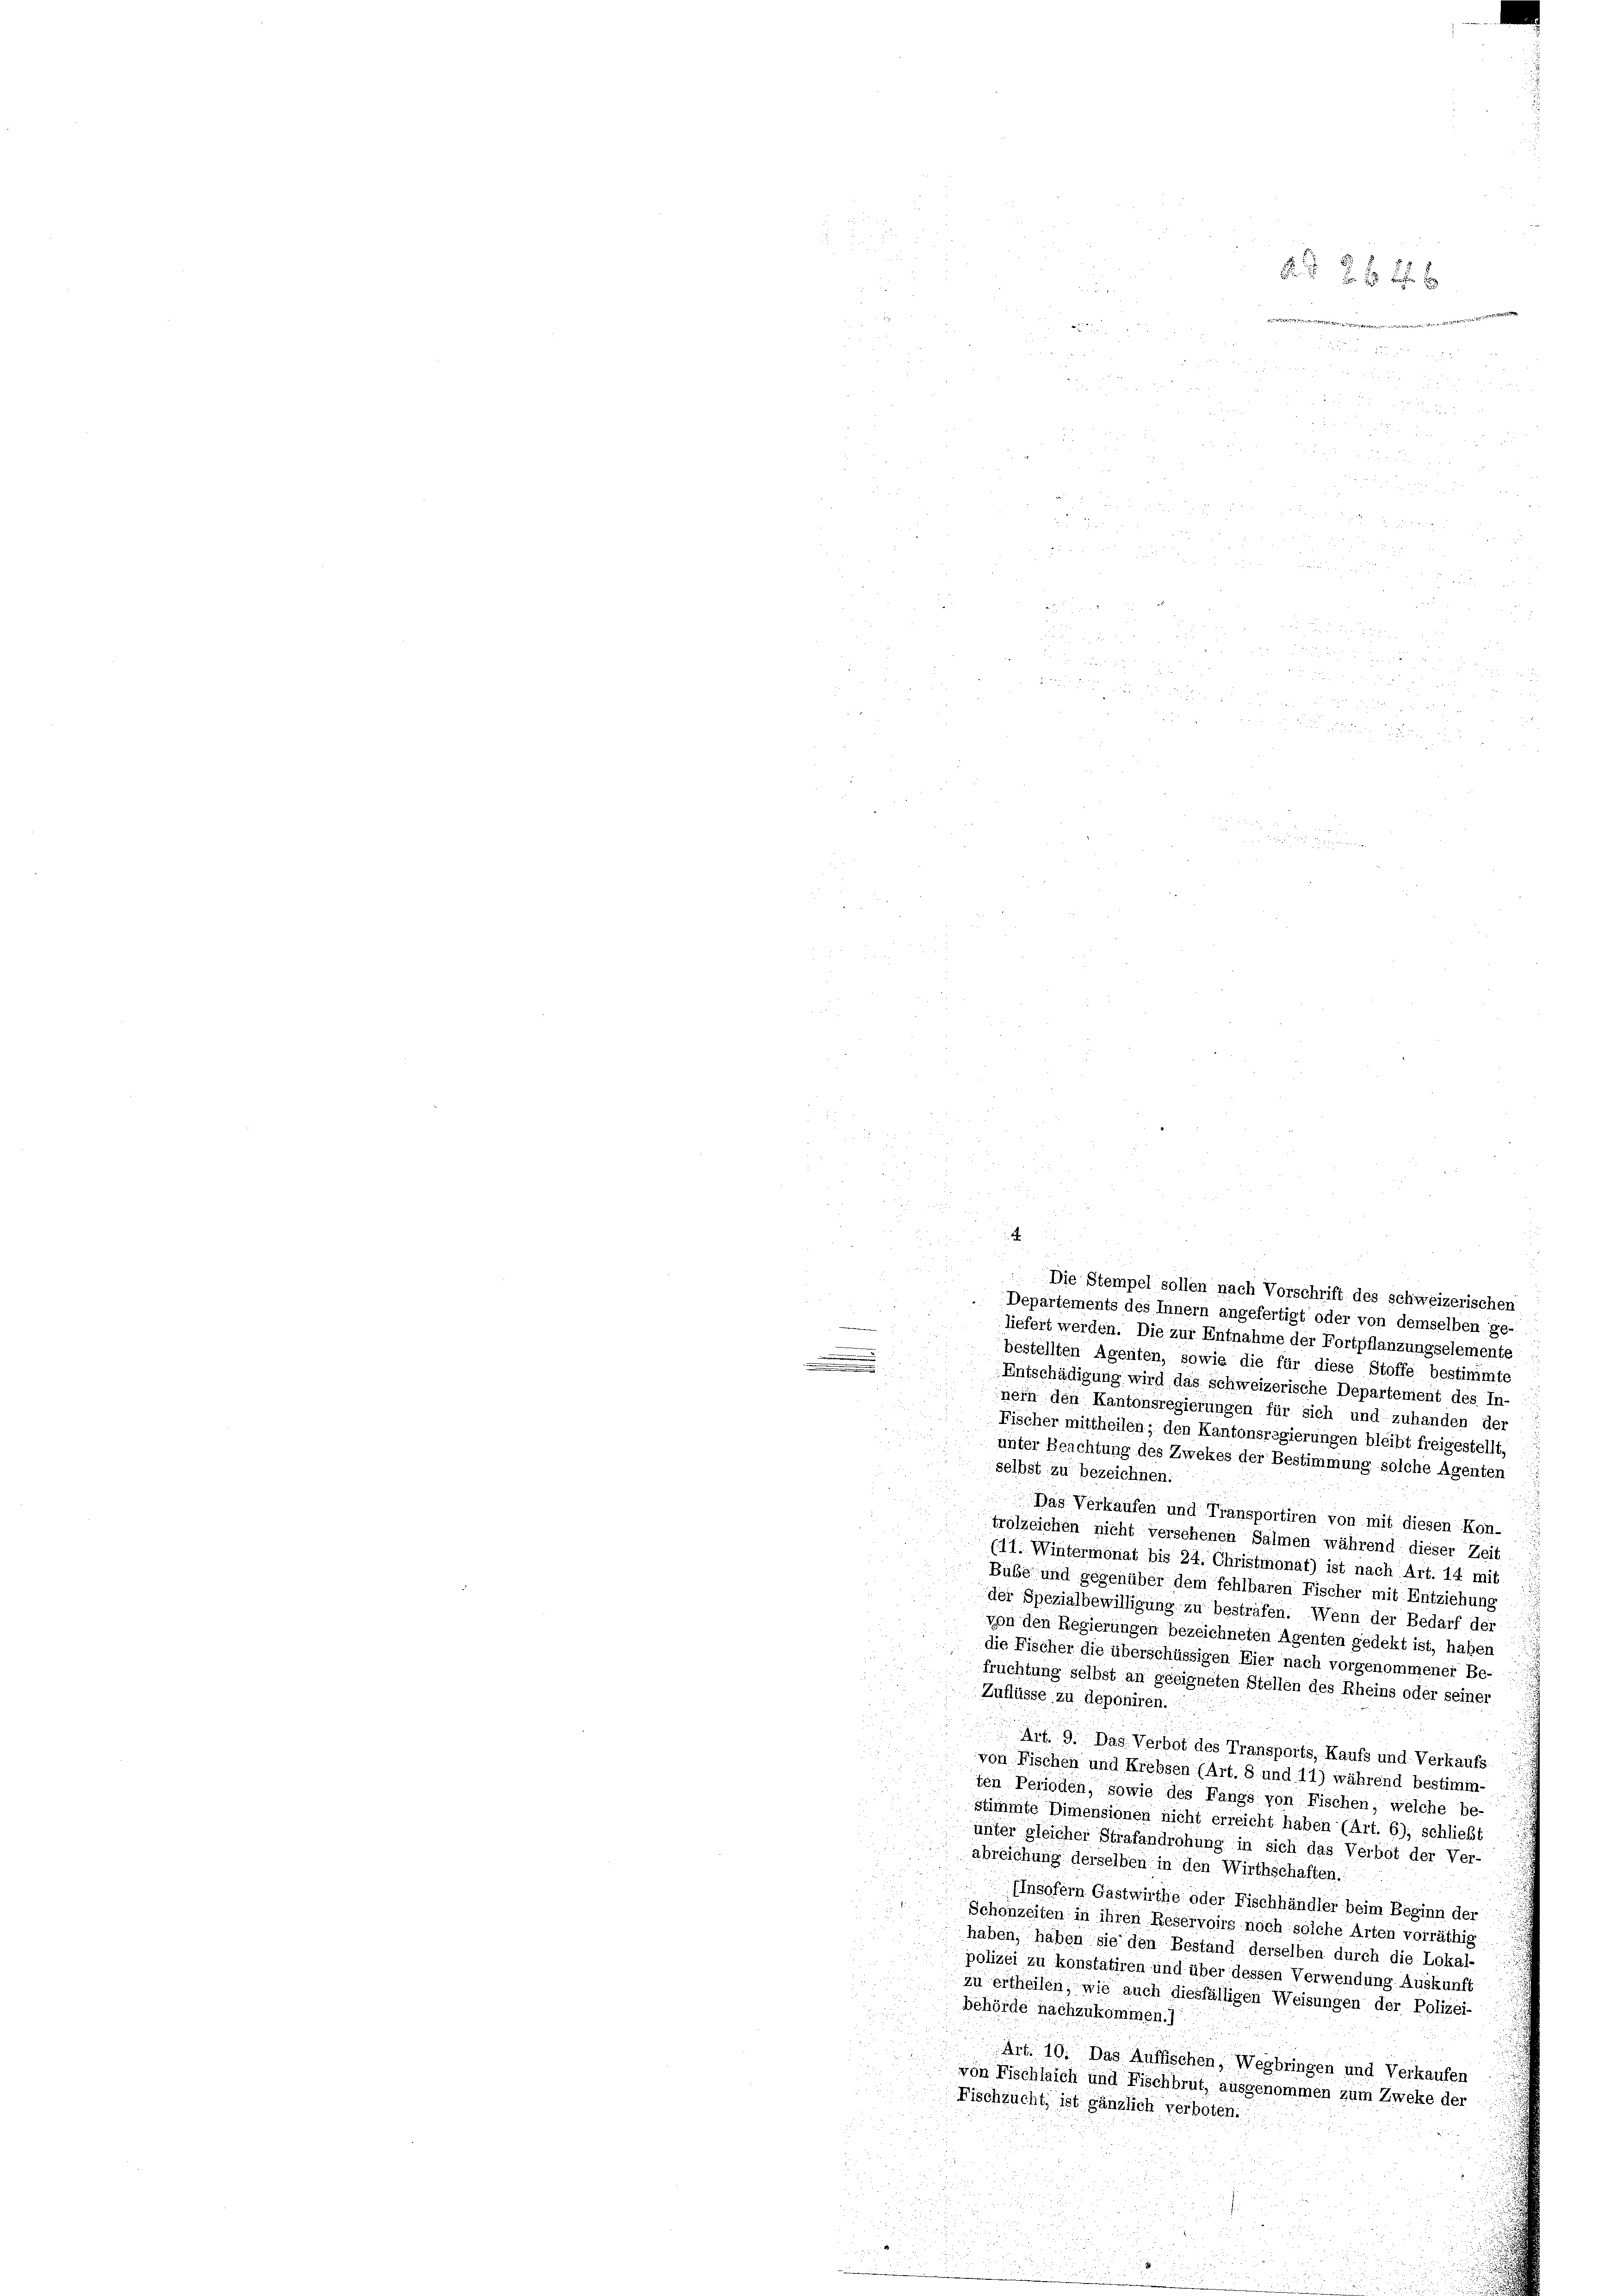
.
.

.

7 f 4 x
.........
82

 x 2 x
e
 0 f 8 x

a
Die Stempel sollen nach Vorschrift des schweizerischen
i
2
Departements des Innern angefertigt oder von demselben ge-
liefert werden. Die zur Entnahme der Fortpflanzungselemente
bestellten Agenten, sowie die für diese Stoffe bestimmte
Entschädigung wird das schweizerische Departement des In-
nern den Kantonsregierungen für sich und zuhanden der
Fischer mittheilen; den Kantonsregierungen bleibt freigestellt,
unter Beachtung des Zwekes der Bestimmung solche Agenten
selbst zu bezeichnen.
Das Verkaufen und Transportiren von mit diesen Kon-
trolzeichen nicht versehenen Salmen während dieser Zeit
(11. Wintermonat bis 24. Christmonat) ist nach Art. 14 mit
Bube und gegenüber dem fehlbaren Fischer mit Entziehung f
der Spezialbewilligung zu bestrafen. Wenn der Bedarf der
von den Regierungen bezeichneten Agenten gedekt ist, haben
die Fischer die überschüssigen Eier nach vorgenommener Be-
früchtung selbst an geeigneten Stellen des Rheins oder seiner
Zuflüsse zu deponiren.
Art. 9. Das Verbot des Transports, Kaufs und Verkaufs
von Fischen und Krebsen (Art. 8 und 11) während bestimm-
ten Perioden, sowie des Fangs von Fischen, welche be-
stimmte Dimensionen nicht erreicht haben (Art. 6); schließt
unter gleicher Strafandrohung in sich das Verbot der Ver-
abreichung derselben in den Wirthschaften.
IInsofern Gastwirthe oder Fischhändler beim Beginn der
Schonzeiten in ihren Reservoirs noch solche Arten vorräthig
haben, haben sie den Bestand derselben durch die Lokal-
polizei zu konstatiren und über dessen Verwendung Auskunft
zu ertheilen, wie auch diesfälligen Weisungen der Polizei-
behörde nachzukommen.)
Art. 10. Das Auffischen, Wegbringen und Verkaufen
von Fischlaich und Fischbrut, ausgenommen zum Zweke der
Fischzucht, ist gänzlich verboten.